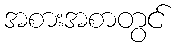
အစားအစာတွင်